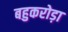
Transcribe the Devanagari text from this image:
बहुकरोड़ा